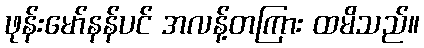
ဖုန်းမော်နန်ပင် အလန့်တကြား ထမိသည်။